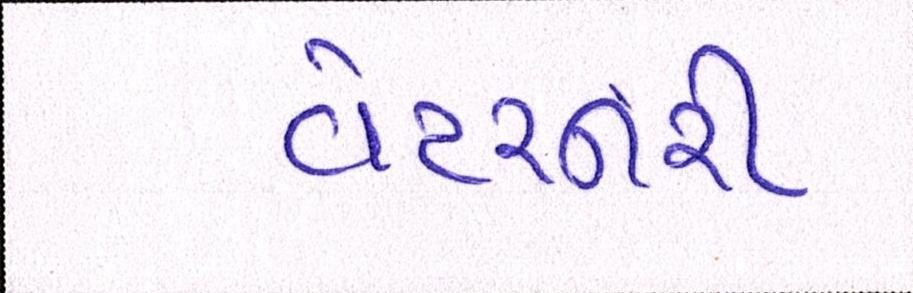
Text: વેટરનરી